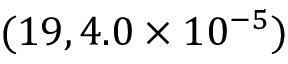
( 1 9 , 4 . 0 \times 1 0 ^ { - 5 } )